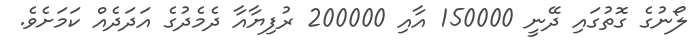
ލޯނުގެ ގޮތުގައި ދޭނީ 150000 އާއި 200000 ރުފިޔާއާ ދެމެދުގެ އަދަދެއް ކަމަށެވެ.